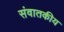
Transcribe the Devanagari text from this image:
संवातकीय